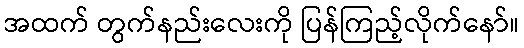
အထက် တွက်နည်းလေးကို ပြန်ကြည့်လိုက်နော်။